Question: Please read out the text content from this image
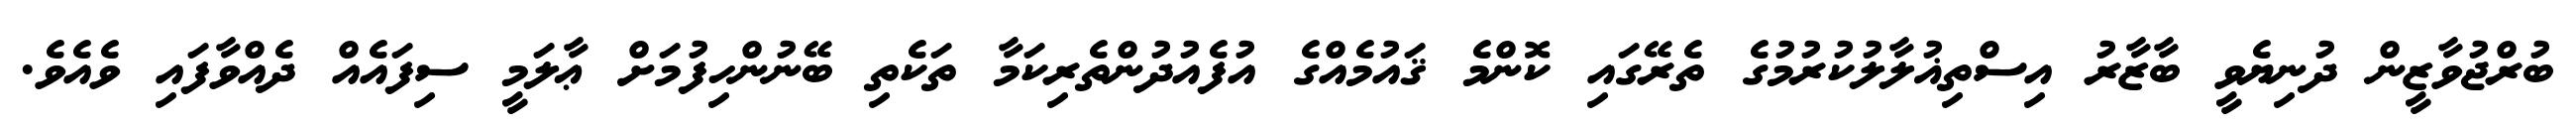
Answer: ބުރްޖުވާޒީން ދުނިޔެވީ ބާޒާރު އިސްތިޣުލާލުކުރުމުގެ ތެރޭގައި ކޮންމެ ޤައުމެއްގެ އުފެއުދުންތެރިކަމާ ތަކެތި ބޭނުންހިފުމަށް ޢާލަމީ ސިފައެއް ދެއްވާފައި ވެއެވެ.